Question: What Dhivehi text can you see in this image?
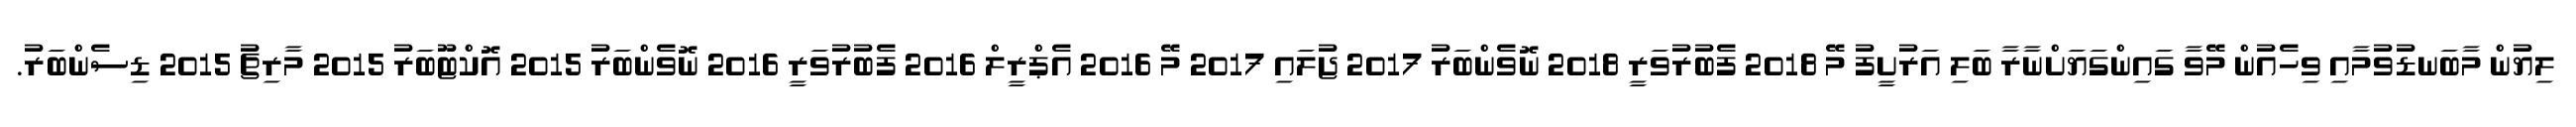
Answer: ލިޔުން މާބަނޑުވުމާއި ވިހެއުން މޭވާ ގައިންގަޔަށްނާރާ ބަލި އަރުށީފު މޭ 2018 ފެބުރުވަރީ 2018 ނޮވެންބަރު 2017 ޖުލައި 2017 މޭ 2016 އެޕްރީލް 2016 ފެބުރުވަރީ 2016 ނޮވެންބަރު 2015 އޮކްޓޫބަރު 2015 މާރިޗު 2015 ޑިސެންބަރު.